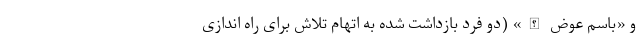
و «باسم عوض الله» (دو فرد بازداشت شده به اتهام تلاش برای راه اندازی